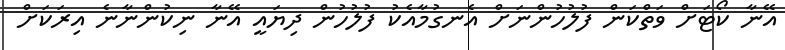
އޭނާ ކޯޓަށް ވަތްކަން ފުލުހުންނަށް އެނގުމާއެކު ފުލުހުން ދިޔައީ އޭނާ ނިކުންނާނެ އިރަކަށް